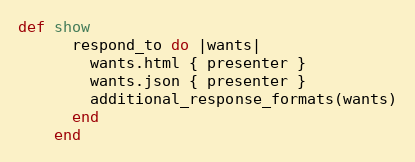
Language: Ruby
def show
      respond_to do |wants|
        wants.html { presenter }
        wants.json { presenter }
        additional_response_formats(wants)
      end
    end